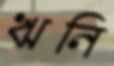
ঋনি